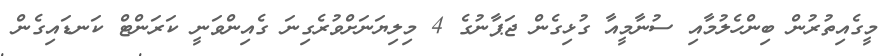
މީގެއިތުރުން ބިންހެލުމާއި ސުނާމީއާ ގުޅިގެން ޖަޕާނުގެ 4 މިލިޔަނަށްވުރެގިނަ ގެއިންވަނީ ކަރަންޓް ކަނޑައިގެން